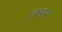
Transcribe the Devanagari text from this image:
कपर